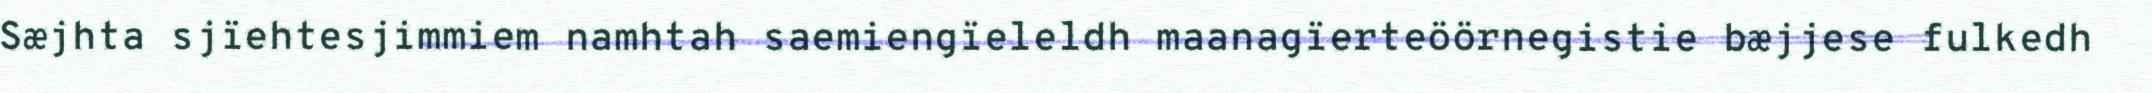
Sæjhta sjïehtesjimmiem namhtah saemiengïeleldh maanagïerteöörnegistie bæjjese fulkedh